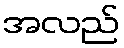
အလည်